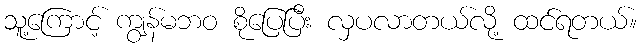
သူ့ကြောင့် ကျွန်မဘဝ စိုပြေပြီး လှပလာတယ်လို့ ထင်ရတယ်။